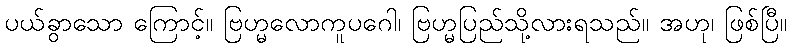
ပယ်ခွာသော ကြောင့်။ ဗြဟ္မလောကူပဂေါ၊ ဗြဟ္မပြည်သို့လားရသည်။ အဟု၊ ဖြစ်ပြီ။